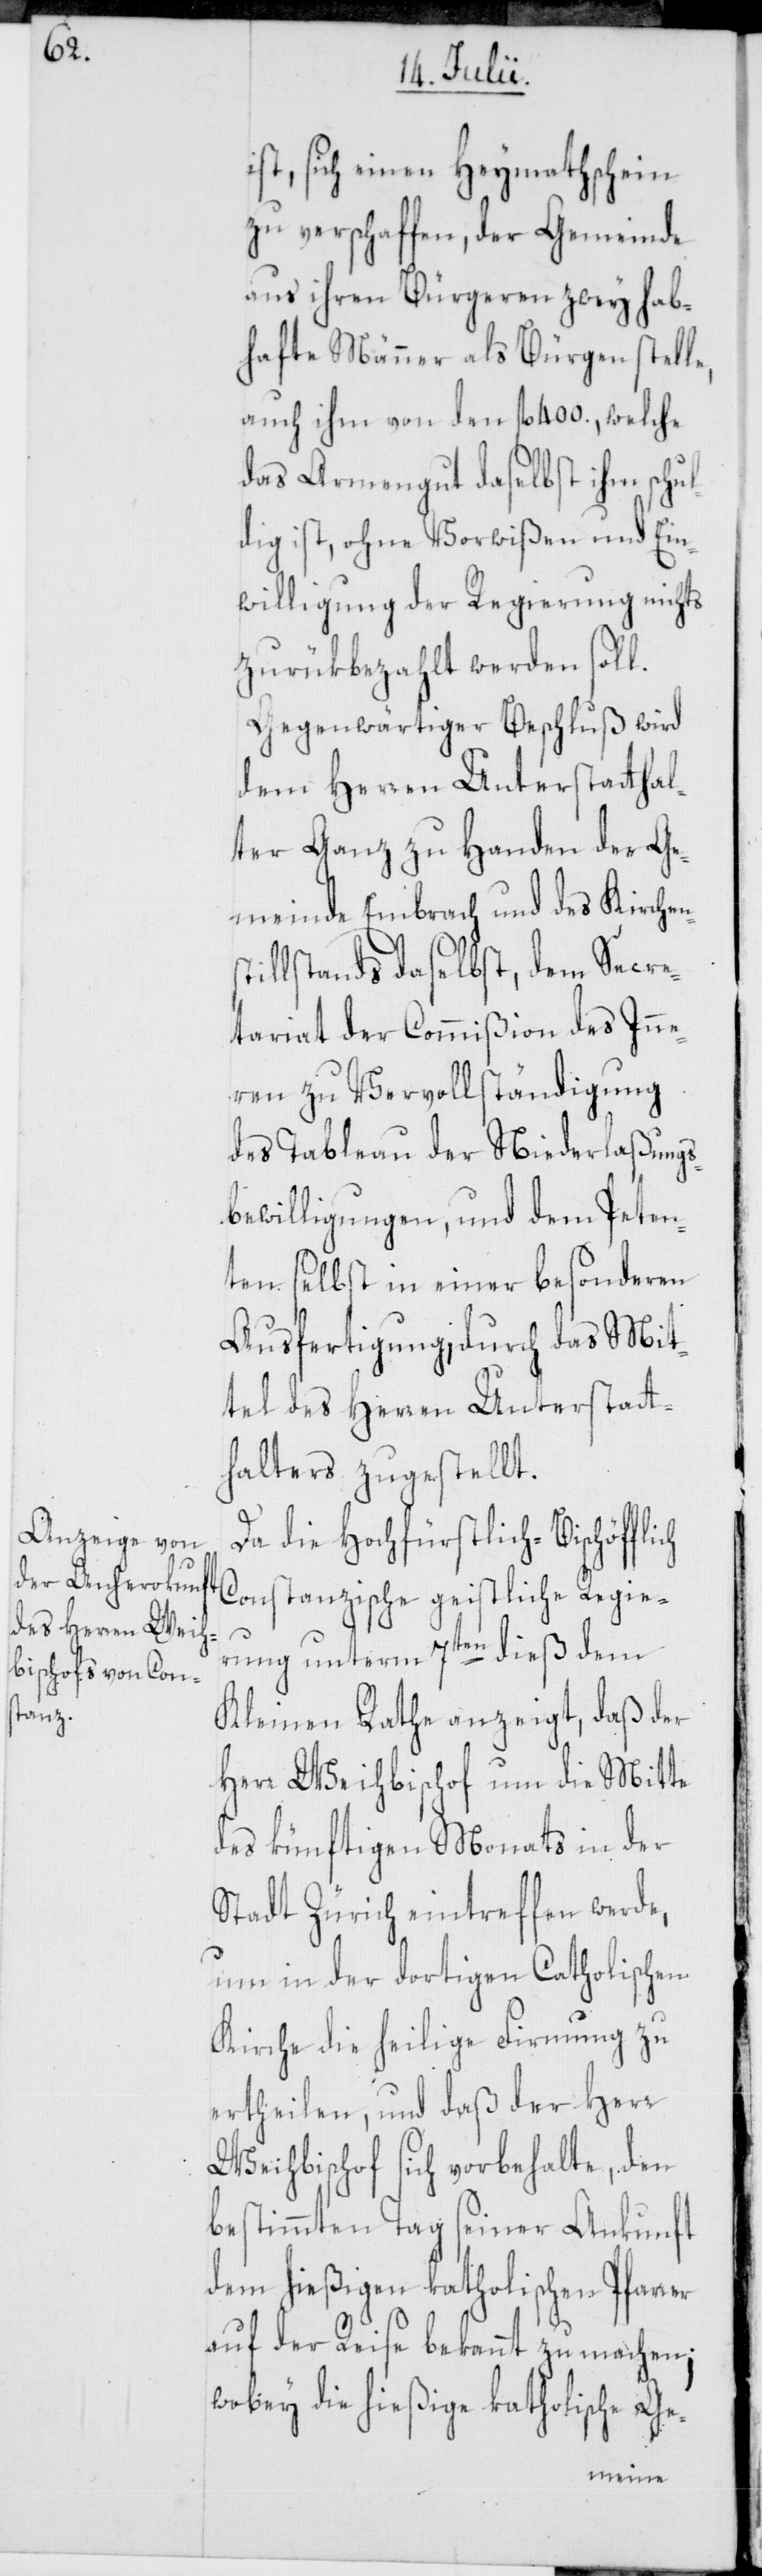
er

ist, sich einen Heymathschein
zu verschaffen, der Gemeinde
aus ihren Bürgeren zwey hab¬
hafte Männer als Bürgen stelle,
auch ihm von den fl. 400., welche
das Armengut daselbst ihm schul¬
dig ist, ohne Vorwißen und Ein¬
willigung der Regierung nichts
zurükbezahlt werden soll.
Gegenwärtiger Beschluß wird
dem Herren Unterstatthal¬
ter Ganz zu Handen der Ge¬
meinde Embrach und des Kirchen¬
illstands daselbst, dem Secre¬
tariat der Commißion des Inne¬
ren zu Vervollständigung
des Tableau der Niederlaßungs¬
bewilligungen, und dem Peten¬
ten selbst in einer besonderen
Ausfertigung, durch das Mit¬
tel des Herren Unterstatt¬
halters zugestellt.
Da die Hochfürstlich-Bischöfflich
Constanzische geistliche Regie¬
rung unterm 7ten dieß dem
Kleinen Rathe anzeigt, daß der
Herr Weihbischof um die Mitte
des künftigen Monats in der
Stadt Zürich eintreffen werde,
um in der dortigen Catholischen
Kirche die heilige Firmung zu
ertheilen, und daß der Herr
Weihbischof sich vorbehalte, den
bestimmten Tag seiner Ankunft
dem hießigen katholischen Pfarr¬
auf der Reise bekannt zu machen;
wobey die hießige katholische Ge-